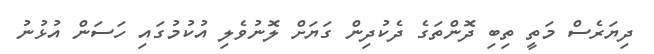
ދިޔަރެސް މަތީ ތިބި ދޮންތަގެ ދެކުދިން ގަޔަށް ލޮނުވެލި އުކުމުގައި ހަސަން އުޅުނު